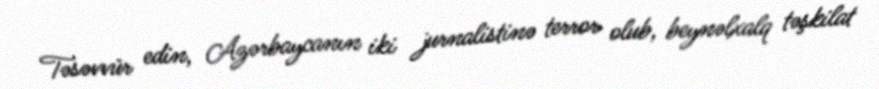
Təsəvvür edin, Azərbaycanın iki jurnalistinə terror olub, beynəlxalq təşkilat